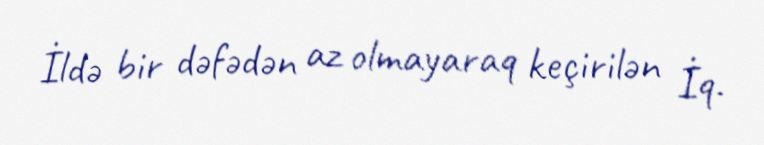
İldə bir dəfədən az olmayaraq keçirilən İq.